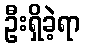
ဦးရှိခဲ့ရာ